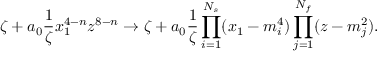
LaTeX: \zeta + a _ { 0 } \frac { 1 } { \zeta } x _ { 1 } ^ { 4 - n } z ^ { 8 - n } \to \zeta + a _ { 0 } \frac { 1 } { \zeta } \prod _ { i = 1 } ^ { N _ { s } } ( x _ { 1 } - m _ { i } ^ { 4 } ) \prod _ { j = 1 } ^ { N _ { f } } ( z - m _ { j } ^ { 2 } ) .